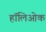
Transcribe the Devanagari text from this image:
हॉलिओक